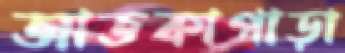
আতকাপাড়া